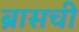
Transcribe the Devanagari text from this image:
ब्रासची